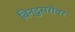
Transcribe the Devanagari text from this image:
बिन्दुसरोवर